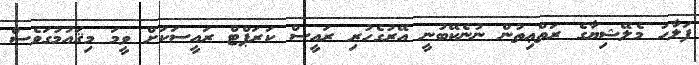
ފަލާހު މެލޭޝިޔާގެ ރަތްޢިތުން ނުނެކޭބުނީ އޭރުގެހުރި ރައީސް ކަރަޕްޓް ރައީސަކަށް ވީމަ މިޤައުމުގަވެސް